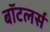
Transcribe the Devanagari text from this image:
बॉटलर्स